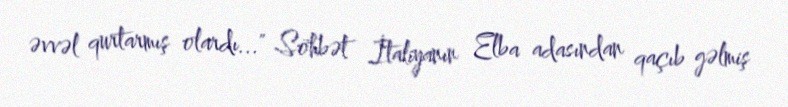
əvvəl qurtarmış olardı..." Söhbət İtaliyanın Elba adasından qaçıb gəlmiş